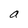
Character: a